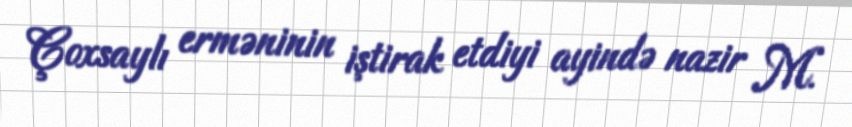
Çoxsaylı erməninin iştirak etdiyi ayində nazir M.